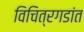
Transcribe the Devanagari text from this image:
विचित्रगडांत